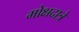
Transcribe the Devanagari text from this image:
मोक्षदात्रे